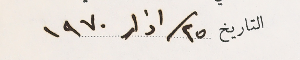
التاريخ ٢٥ / اذار ١٩٧٠